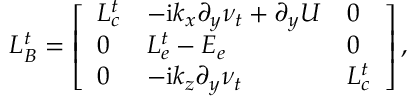
\boldsymbol { L _ { B } ^ { t } } = \left[ \begin{array} { l l l } { \boldsymbol { L _ { c } ^ { t } } } & { - \mathrm { i } k _ { x } \boldsymbol { \partial _ { y } \nu _ { t } } + \boldsymbol { \partial _ { y } U } } & { \boldsymbol { 0 } } \\ { \boldsymbol { 0 } } & { \boldsymbol { L _ { e } ^ { t } } - \boldsymbol { E _ { e } } } & { \boldsymbol { 0 } } \\ { \boldsymbol { 0 } } & { - \mathrm { i } k _ { z } \boldsymbol { \partial _ { y } \nu _ { t } } } & { \boldsymbol { L _ { c } ^ { t } } } \end{array} \right] ,